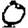
Digit: 0